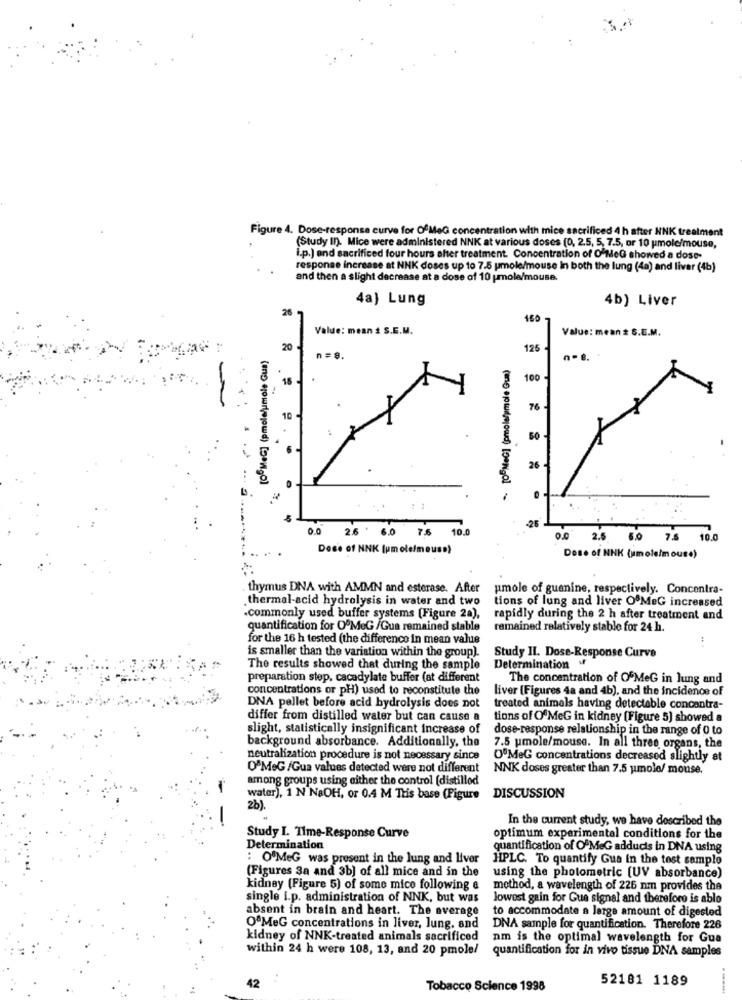
Figure 4. Dose-responsa curve for OfMeG concentration with mice sacrificed 4 h after NNK treatment
(Study In). Mice were administered NNK at various doses (0, 2.5, 5, 7.5, or 10 umole/mouse,
i.p.) and sacrificed four hours after treatment. Concentration of O'MeG showed a dose-
response increase at NNK doses up to 7.5 pmole/mouse In both the lung (4a) and liver (4b)
and then a slight decrease at a dose of 10 pmola/mouse.
4a) Lung
4b) Liver
26
160
Value: mean # S.E.M.
Value: mean # S.E.M.
20
125
n=8.
=100MeC] (pmole/pmole Gua)
n.e.
100
16
10
26
.25
0.0
2.6 ' 6.0 7.6
10.
0.0
2.5
6.0 7.5
10.0
Dose of NNK [pmolelmouss)
Dose of NNK (umoleim ouse)
. thymus DNA with AMMN and esterase. After
pmole of guanine, respectively. Concentra-
thermal-acid hydrolysis in water and two
tions of lung and liver OºMeG increased
.commonly used buffer systems (Figure 2a),
rapidly during the 2 h after treatment and
quantification for O'MeG /Gua remained stable
remained relatively stable for 24 h.
for the 16 h tested (the difference in mean value
is smaller than the variation within the group).
Study II. Dose-Response Curve
The results showed that during the sample
Determination
preparation step, cacadylate buffer (at different
The concentration of OfMeG in lung and
concentrations or pH) used to reconstitute the
liver (Figures 4a and 4b), and the incidence of
DNA pellet before acid hydrolysis does not
treated animals having detectable concentra-
differ from distilled water but can cause a
tions of OfMeG in kidney (Figure 5) showed a
slight, statistically insignificant increase of
dose-response relationship in the range of 0 to
background absorbance. Additionally, the
7.5 umole/mouse. In all three organs, the
neutralization procedure is not necessary since
O'MeG concentrations decreased slightly at
OªMeG /Gua values detected were not different
NNK doses greater than 7.5 umole/ mouse.
among groups using either the control [distilled
water), 1 N NaOH, or 0.4 M Tris base (Figure DISCUSSION
2b).
-
In the current study, we have described the
Study I. Time-Response Curve
optimum experimental conditions for the
Determination
quantification of OFMeG adducis in DNA using
: O'MeG was present in the lung and liver
HPLC. To quantify Gua in the tost samplo
(Figures Sa and 3b] of all mice and in the
using the photometric [UV absorbance)
kidney (Figure 5) of some mice following a
mothod, a wavelength of 226 nm provides the
single i.p. administration of NNK, but was
lowest gain for Gue signal and therefore is ablo
absent in brain and heart. The average
to accommodate a large amount of digested
O&MeG concentrations in liver, Jung, and
DNA sample for quantification. Therefore 226
kidney of NNK-treated animals sacrificed
nm is the optimal wavelength for Gua
within 24 h were 108, 13, and 20 pmole!
quantification for in vivo tissue DNA samples
42
52181 1189
Tobacco Science 1998
.---..